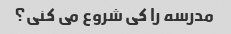
مدرسه را کی شروع می کنی؟